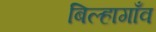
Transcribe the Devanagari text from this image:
बिल्हागाँव